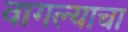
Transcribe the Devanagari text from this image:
वागल्याचा